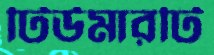
টিউমারটি